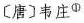
〔唐〕韦庄^{①}